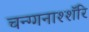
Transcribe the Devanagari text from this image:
चन्ग्गनाश्शॅरि